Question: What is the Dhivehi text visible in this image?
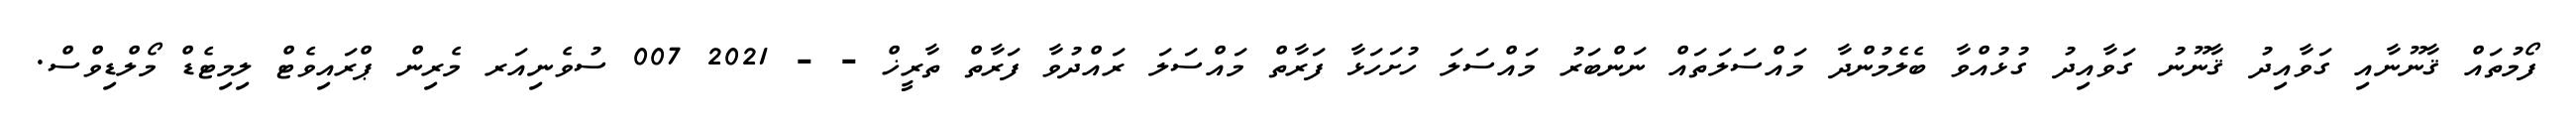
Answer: ފޯމުތައް ޤާނޫނާއި ގަވާއިދު ޤާނޫނު ގަވާއިދު ގުޅުއްވާ ބެލެމުންދާ މައްސަލަތައް ނަންބަރު މައްސަލަ ހުށަހަޅާ ފަރާތް މައްސަލަ ރައްދުވާ ފަރާތް ތާރީޚް - - 2021 007 ސުވެނިއަރ މެރިން ޕްރައިވެޓް ލިމިޓެޑް މޯލްޑިވްސް.